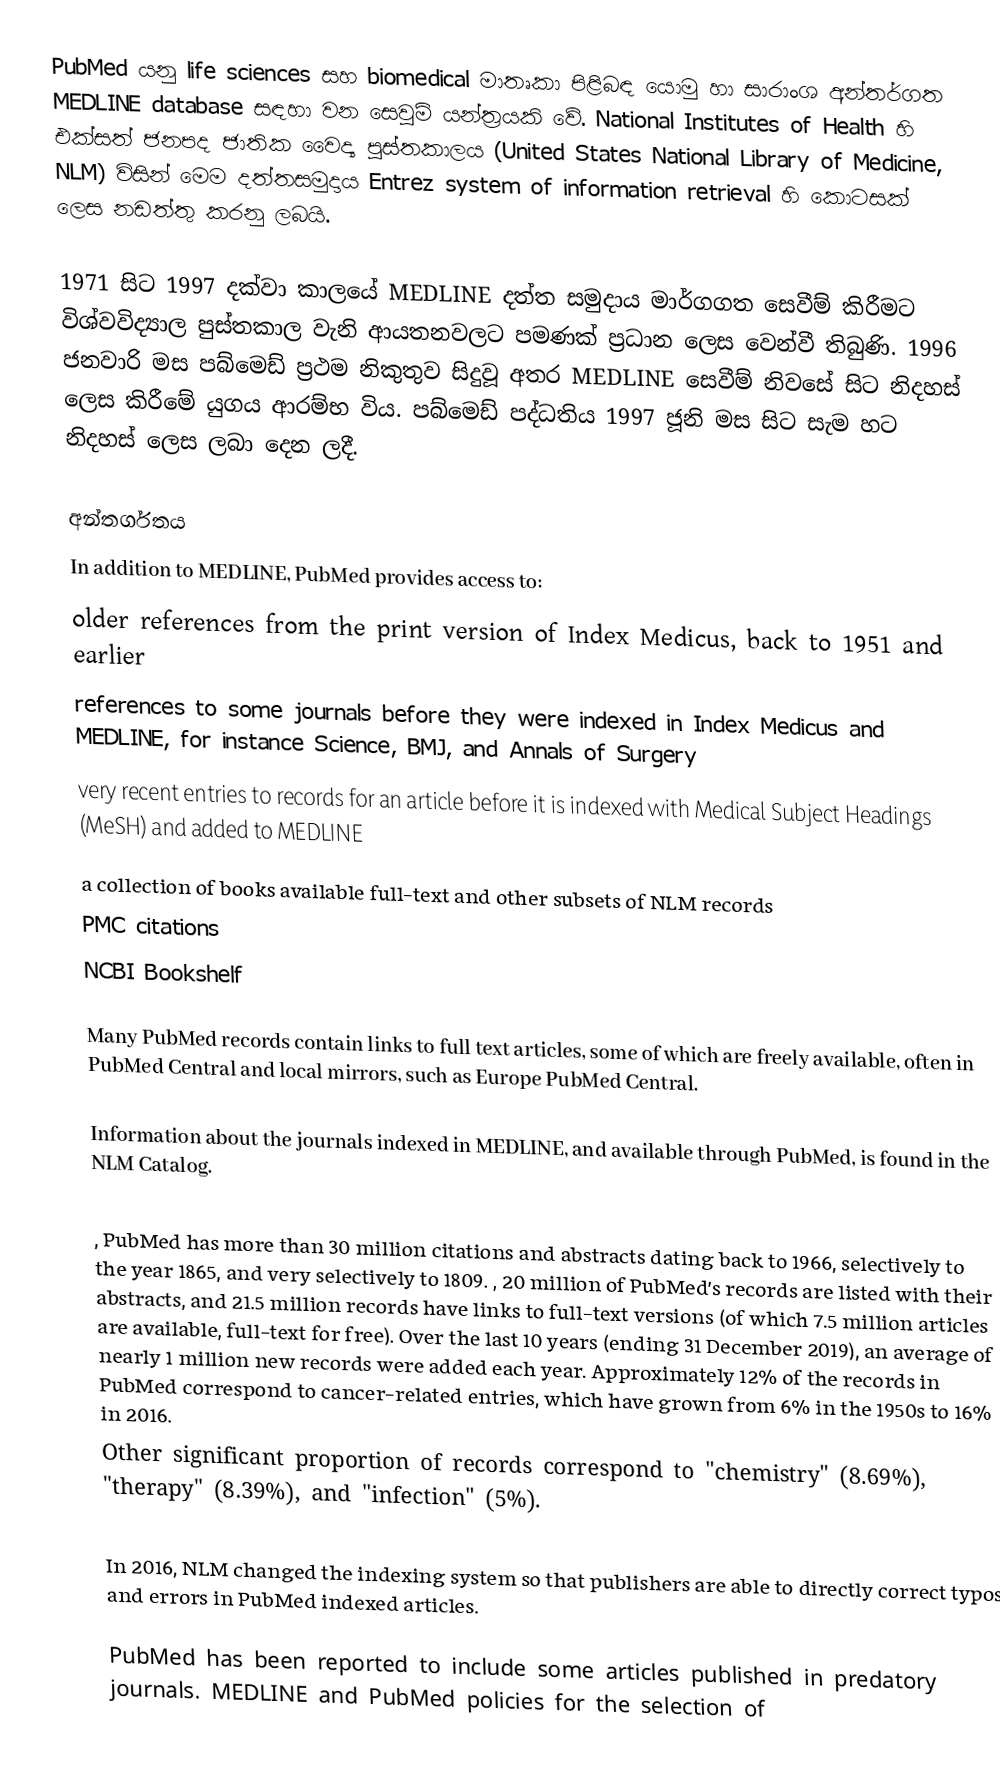
PubMed යනු life sciences සහ biomedical මාතෘකා පිළිබඳ යොමු හා සාරාංශ අන්තර්ගත MEDLINE database සඳහා වන සෙවුම් යන්ත්‍රයකි වේ. National Institutes of Health හි එක්සත් ජනපද ජාතික වෛද්‍ය පුස්තකාලය (United States National Library of Medicine, NLM) විසින් මෙම දත්තසමුදාය Entrez system of information retrieval හි කොටසක් ලෙස නඩත්තු කරනු ලබයි.

1971 සිට 1997 දක්වා කාලයේ MEDLINE දත්ත සමුදාය මාර්ගගත සෙවීම් කිරීමට විශ්වවිද්‍යාල පුස්තකාල වැනි ආයතනවලට පමණක් ප්‍රධාන ලෙස වෙන්වී තිබුණි. 1996 ජනවාරි මස පබ්මෙඩ් ප්‍රථම නිකුතුව සිදුවූ අතර MEDLINE සෙවීම් නිවසේ සිට නිදහස් ලෙස කිරීමේ යුගය ආරම්භ විය. පබ්මෙඩ් පද්ධතිය 1997 ජූනි මස සිට සැම හට නිදහස් ලෙස ලබා දෙන ලදී.

අන්තර්ගතය
In addition to MEDLINE, PubMed provides access to:
 older references from the print version of Index Medicus, back to 1951 and earlier
 references to some journals before they were indexed in Index Medicus and MEDLINE, for instance Science, BMJ, and Annals of Surgery
 very recent entries to records for an article before it is indexed with Medical Subject Headings (MeSH) and added to MEDLINE
 a collection of books available full-text and other subsets of NLM records
 PMC citations
 NCBI Bookshelf

Many PubMed records contain links to full text articles, some of which are freely available, often in PubMed Central and local mirrors, such as Europe PubMed Central.

Information about the journals indexed in MEDLINE, and available through PubMed, is found in the NLM Catalog.

, PubMed has more than 30 million citations and abstracts dating back to 1966, selectively to the year 1865, and very selectively to 1809. , 20 million of PubMed's records are listed with their abstracts, and 21.5 million records have links to full-text versions (of which 7.5 million articles are available, full-text for free). Over the last 10 years (ending 31 December 2019), an average of nearly 1 million new records were added each year. Approximately 12% of the records in PubMed correspond to cancer-related entries, which have grown from 6% in the 1950s to 16% in 2016.
Other significant proportion of records correspond to "chemistry" (8.69%), "therapy" (8.39%), and "infection" (5%).

In 2016, NLM changed the indexing system so that publishers are able to directly correct typos and errors in PubMed indexed articles.

PubMed has been reported to include some articles published in predatory journals. MEDLINE and PubMed policies for the selection of